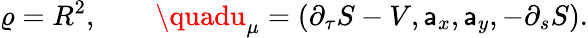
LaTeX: \varrho=R^{2},\qquad\quadu_{\mu}={\left(\partial_{\tau}S-V,\mathsf{a}_{x},\mathsf{a}_{y},-\partial_{s}S\right)}.